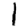
Digit: 1